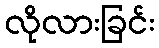
လိုလားခြင်း